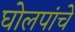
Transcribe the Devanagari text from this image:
घोलपांचे